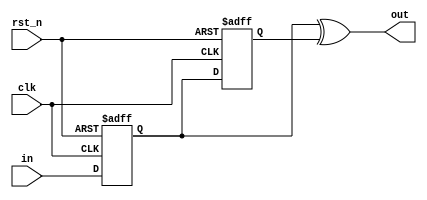
// Dual-Edge Detector
// both implementations are general edge detectors, outputs logic-1 @rising/falling edges

`timescale 1ns/1ps
// `define fsm

module ded(out, in, clk, rst_n); // Dual-Edge Detector

input clk;
input wire in, rst_n;
output out;

`ifdef fsm

// This implementation uses FSM methodology

reg out;
reg [2:0] state;

localparam st0 = 3'b000,
st1 = 3'b001,
st2 = 3'b011,
st3 = 3'b010,
st4 = 3'b110;

always @(posedge clk, negedge rst_n) begin
    if (!rst_n) begin
        out    <= 1'b0;
        state  <= st0;
    end
    else begin
        out <= 1'b0;
        case (state)
           st0 : begin 
                if (in) state <= st1;
                else    state <= st2;
           end
           st1 : begin
                if (in) state <= st1;
                else    state <= st3;
           end
           st2 : begin
                if (in) state <= st4;
                else    state <= st2;
           end
           st3 : begin
                out <= 1'b1;
                if (in) state <= st4;
                else    state <= st2;
           end
           st4 : begin
                out <= 1'b1;
                if (in) state <= st1;
                else    state <= st3;
           end
            default: state  <= st0;
        endcase
    end
end

`else

// This implementation is more optimized

reg cell0, cell1;

always @(posedge clk, negedge rst_n) begin
    if (!rst_n) begin
        cell0  <= 1'b0;
        cell1  <= 1'b0;
    end
    else begin
        cell0 <= in;
        cell1 <= cell0;
    end
end

assign out = cell0 ^ cell1;

`endif


endmodule //Dual-Edge Detector 

// module tb_ded;

// wire out;
// reg in, clk, rst_n;

// ded dedtb(out, in, clk, rst_n);

// initial begin
//     clk = 1'b0;
//     in = 1'b0;
//     rst_n = 1'b1;
// end

// initial begin
//     forever #10 clk = ~clk;
// end

// integer i;
// initial begin
//     #10;
//     rst_n = 1'b0;
//     #10;
//     rst_n = 1'b1;
//     for (i=0; i<20; i=i+1) begin
//         in = {$random};
//         #20;
//     end
// end
    
// endmodule